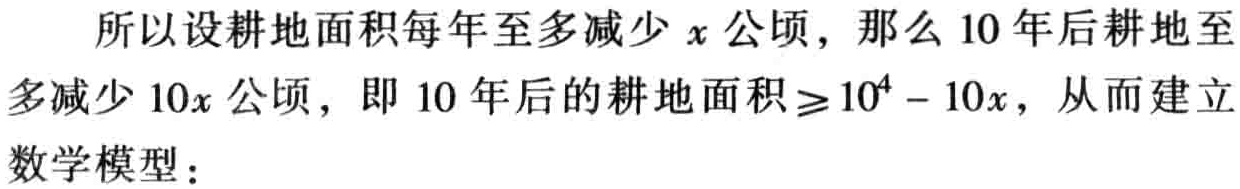
所以设耕地面积每年至多减少\(x\)公顷，那么10年后耕地至多减少\(10x\)公顷，即10年后的耕地面积\(\geq 10^{4}-10x\)，从而建立数学模型：